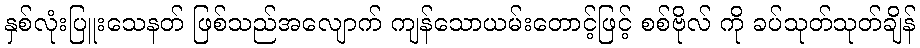
နှစ်လုံးပြူးသေနတ် ဖြစ်သည်အလျောက် ကျန်သောယမ်းတောင့်ဖြင့် စစ်ဗိုလ် ကို ခပ်သုတ်သုတ်ချိန်